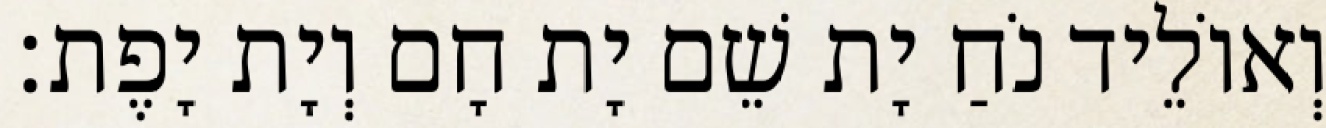
וְאוֹלֵיד נֹחַ יָת שֵׁם יָת חָם וְיָת יָפֶת׃